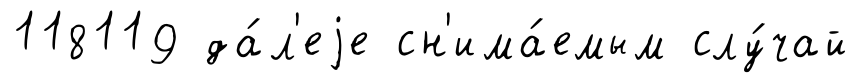
118119 да́л'еjе сн'има́емым слу́чай